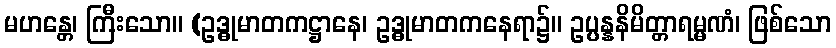
မဟန္တေ၊ ကြီးသော။ (ဥဒ္ဓုမာတကဋ္ဌာနေ၊ ဥဒ္ဓုမာတကနေရာ၌။ ဥပ္ပန္နနိမိတ္တာရမ္မဏံ၊ ဖြစ်သော